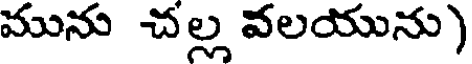
మును చల్ల వలయును)